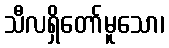
သီလရှိတော်မူသော၊